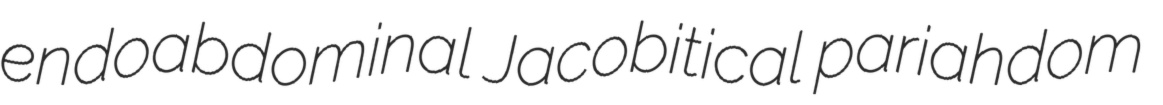
endoabdominal Jacobitical pariahdom